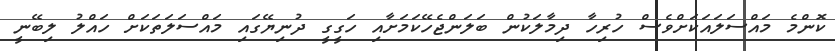
ކޮންމެ މައްސަލައަކަށްވެސް ހުރިހާ ދިމާލަކުން ބަލަންޖެހޭކަމަށާއި ހަގީގީ ދުނިޔޭގައި މައްސަލަތަކަށް ހައްލު ލިބޭނީ